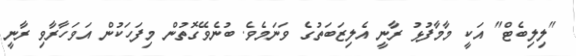
"ލިލިބެޓް" އަކީ މާމާފުޅު ރާނީ އެލިޒަބަތުގެ ވަނަމެވެ. ބުނެވޭގޮތުން މިފަހަކުން އަވަހާރާވި ރާނީ